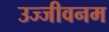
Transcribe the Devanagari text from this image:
उज्जीवनम